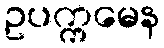
ဥပက္ကမေန